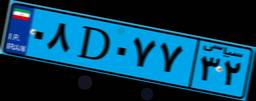
۵۶D۰۳۴۳۰